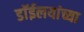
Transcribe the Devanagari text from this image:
डाॅईलयांच्या